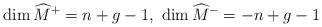
LaTeX: \begin{align*}\dim \widehat{M}^{+}=n+g-1, \ \dim \widehat{M}^{-}=-n+g-1\end{align*}